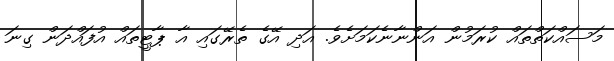
މަސައްކަތްތައް ކުރަމުން އަންނާނެކަމަށެވެ. އަދި އޭގެ ތެރޭގައި އާ ޕާޓީތައް އުފައްދަން ގިނަ